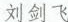
刘剑飞